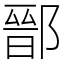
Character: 鄑